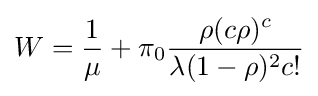
W={\frac {1}{\mu }}+\pi _{0}{\frac {\rho (c\rho )^{c}}{\lambda (1-\rho )^{2}c!}}